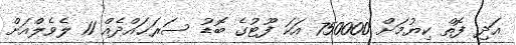
އަދި ފޮތް ކިޔުމަށް 750000 އަކަ ފޫޓުގެ ބޮޑު ސަރަޙައްދެއް 11 ލެވެލްއަށް